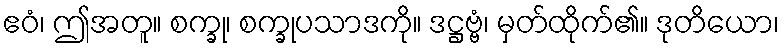
ဧဝံ၊ ဤအတူ။ စက္ခု၊ စက္ခုပသာဒကို။ ဒဋ္ဌဗ္ဗံ၊ မှတ်ထိုက်၏။ ဒုတိယော၊